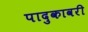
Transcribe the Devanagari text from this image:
पादुकावरी